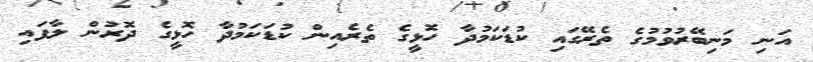
އަނި މަނިބޭރުވުމުގެ ތެރޭގައި ކުޑަކަމުދާ ހޮޅީގެ ތެރެއިން ކުޑަކަމުދާ ހޮޅީގެ ދޮރުން ލާފައި